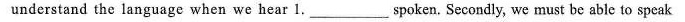
understand the language when we hear l. ___spoken.Secondly, we must be able to speak